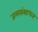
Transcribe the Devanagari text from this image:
जलसंसाधन